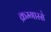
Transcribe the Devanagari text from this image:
क्रम्गास्से